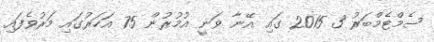
ސެމްޓެމްބަރު 3 2015 ގައި އޭނާ ވަނީ އުމުރުން 75 އަހަރުގައި މަރުވެފައި